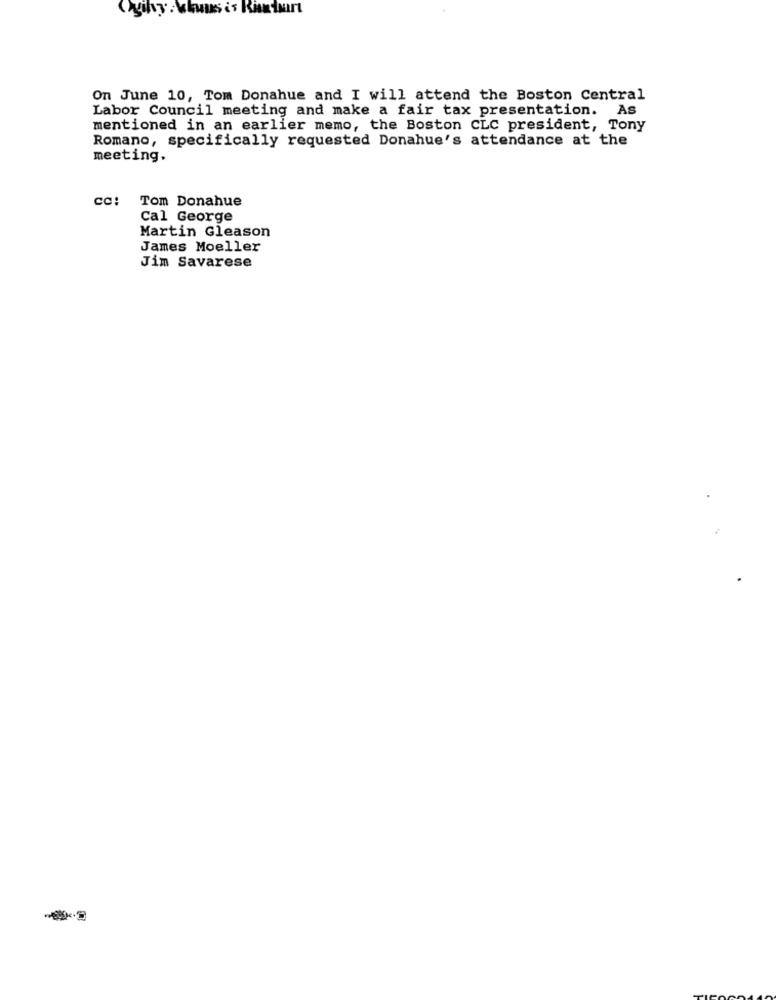
Ogilvy : \class is Riamtaart
On June 10, Tom Donahue and I will attend the Boston Central
Labor Council meeting and make a fair tax presentation. As
mentioned in an earlier memo, the Boston CLC president, Tony
Romano, specifically requested Donahue's attendance at the
meeting.
cc:
Tom Donahue
Cal George
Martin Gleason
James Moeller
Jim Savarese